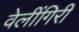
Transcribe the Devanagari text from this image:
वेलींगिरी